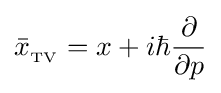
{\bar {x}}_{{}_{\text{TV}}}=x+i\hbar {\frac {\partial }{\partial p}}